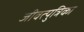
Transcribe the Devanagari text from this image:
जीवत्पुत्रिका